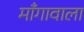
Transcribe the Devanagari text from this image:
माँगावाला